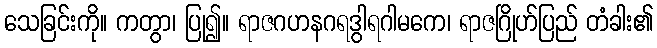
သေခြင်းကို။ ကတွာ၊ ပြု၍။ ရာဇဂဟနဂရဒွါရဂါမကေ၊ ရာဇဂြိုဟ်ပြည် တံခါး၏